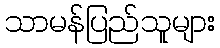
သာမန်ပြည်သူများ